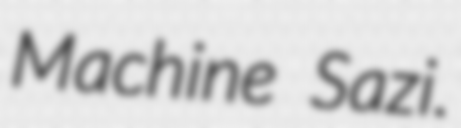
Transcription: Machine Sazi.